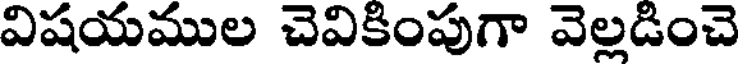
విషయముల చెవికింపుగా వెల్లడించె